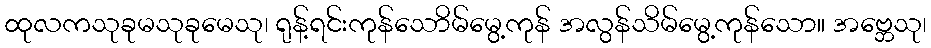
ထုလကသုခုမသုခုမေသု၊ ရုန့်ရင်းကုန်သောိမ်မွေ့ကုန် အလွန်သိမ်မွေ့ကုန်သော။ အဗ္ဘေသု၊